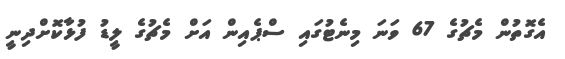
އެގޮތުން މެޗުގެ 67 ވަނަ މިނެޓުގައި ސްޕެއިން އަށް މެޗުގެ ލީޑު ފުޅާކޮށްދިނީ